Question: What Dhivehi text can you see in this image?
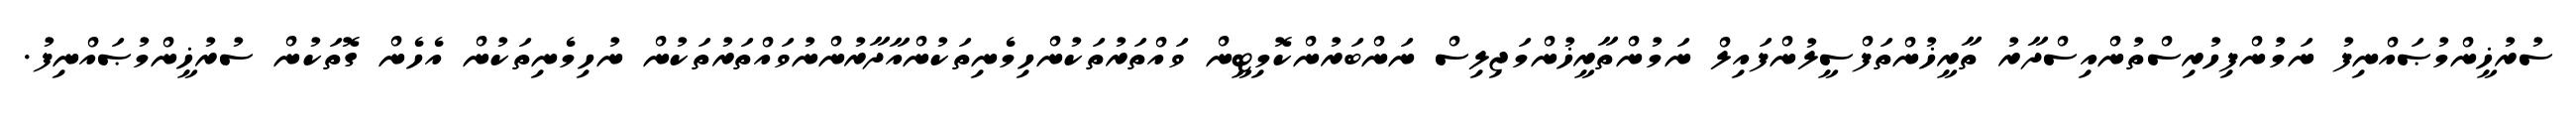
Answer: ސުރުޚީންމުޞައްނިފު ނަމުންފިހުރިސްތުންއިސްދާރު ތާރީޚުންތަފްސީލުންފައިލް ނަމުންތާރީޚުންމަޖިލިސް ނަންބަރުންކޮމިޓީން ވައްތަރުތަކުންހިމެނިތަކުންއާދާރުންނުވައްތަރުތަކުން ނުހިމެނިތަކުން އެހެން ގޮތަކުން ސުރުޚީންމުޞައްނިފު.